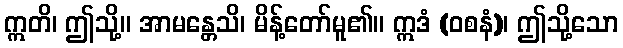
ဣတိ၊ ဤသို့။ အာမန္တေသိ၊ မိန့်တော်မူ၏။ ဣဒံ (ဝစနံ)၊ ဤသို့သော